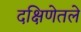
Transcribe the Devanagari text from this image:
दक्षिणेतले